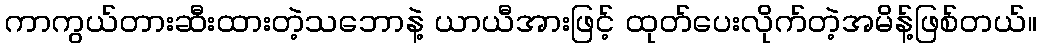
ကာကွယ်တားဆီးထားတဲ့သဘောနဲ့ ယာယီအားဖြင့် ထုတ်ပေးလိုက်တဲ့အမိန့်ဖြစ်တယ်။